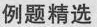
例题精选